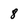
Character: 8